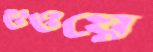
শুওয়ে